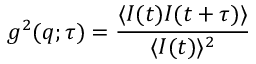
g ^ { 2 } ( q ; \tau ) = { \frac { \langle I ( t ) I ( t + \tau ) \rangle } { \langle I ( t ) \rangle ^ { 2 } } }